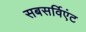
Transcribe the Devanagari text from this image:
सबसर्विएंट